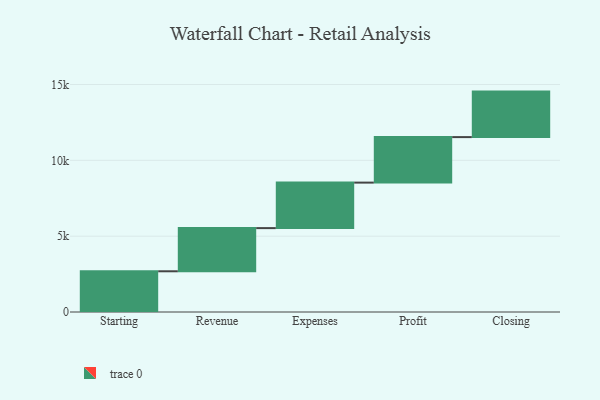
{"axis": {"x": "Step", "y": "Value"}, "legend": [""], "data": [{"x": "Starting", "y": 2685.0, "type": ""}, {"x": "Revenue", "y": 2846.0, "type": ""}, {"x": "Expenses", "y": 3000, "type": ""}, {"x": "Profit", "y": 3000, "type": ""}, {"x": "Closing", "y": 3000, "type": ""}]}